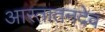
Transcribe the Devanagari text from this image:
आरतातनदेव